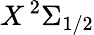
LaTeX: X\, ^{2}\Sigma_{1/2}